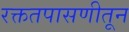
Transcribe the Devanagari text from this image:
रक्ततपासणीतून